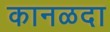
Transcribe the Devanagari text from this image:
कानळदा